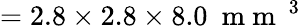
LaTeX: =2.8\times 2.8\times 8.0\ \mathrm{~m~m~}^{\mathrm{~3~}}